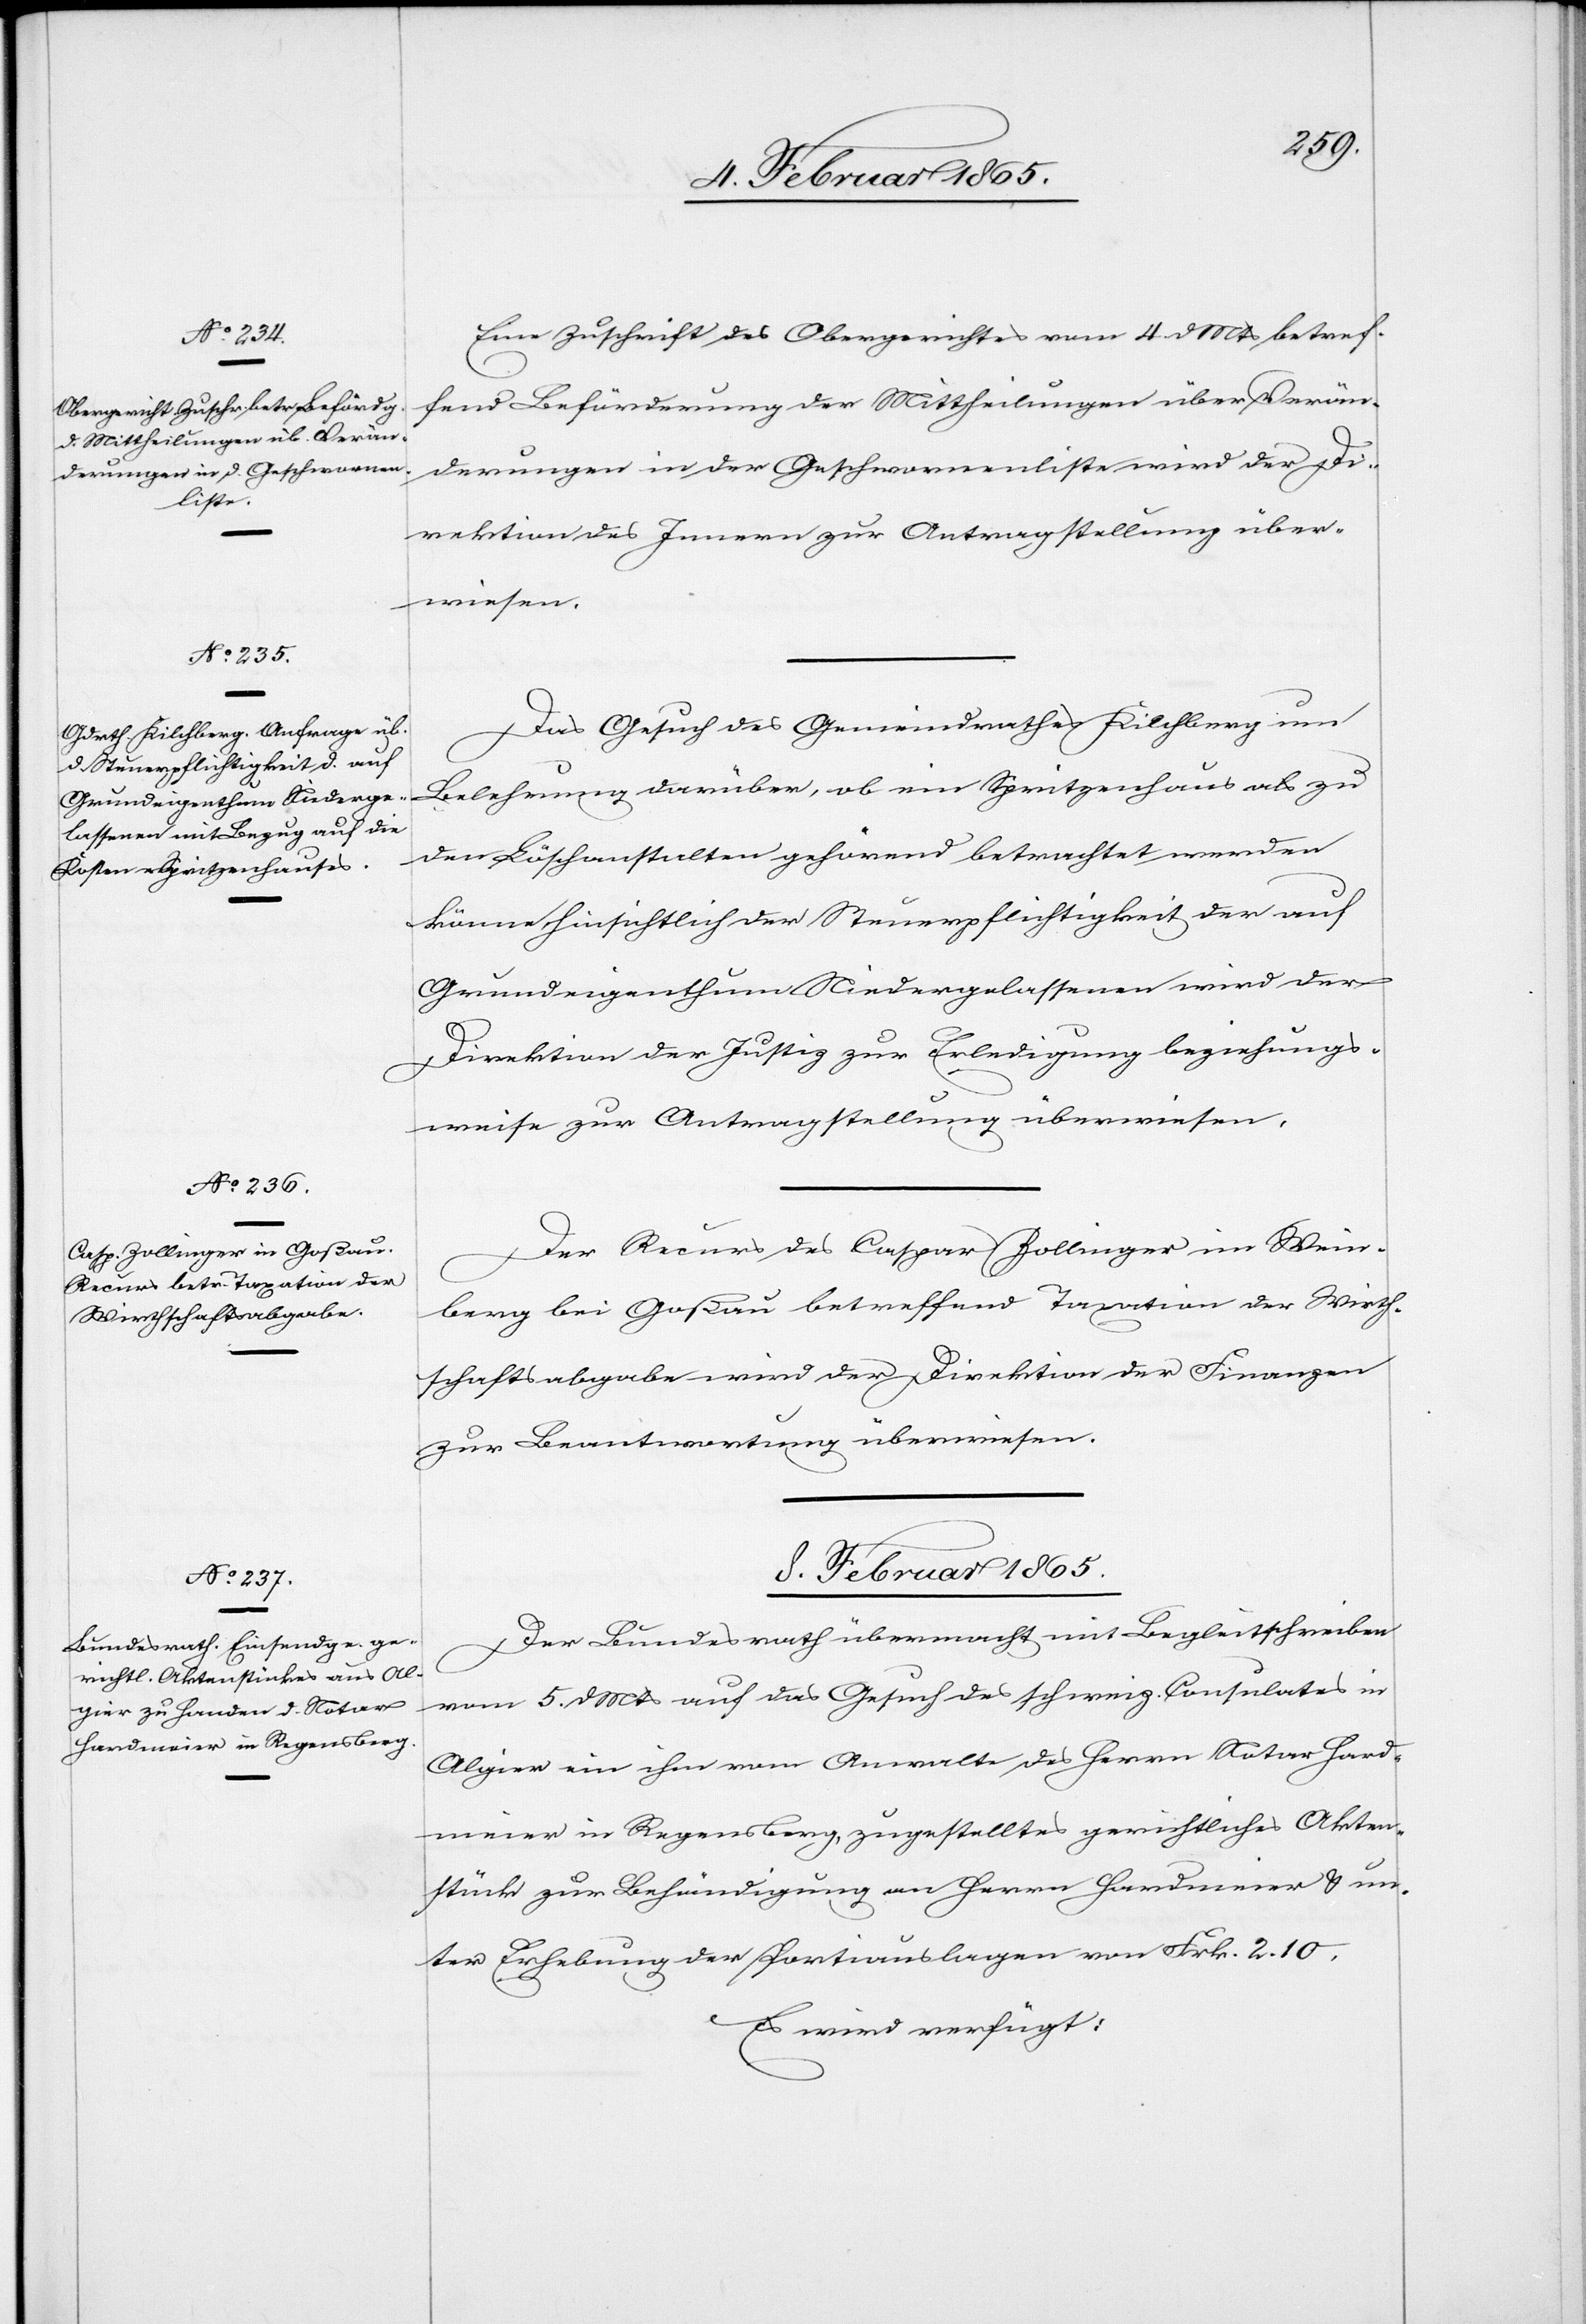
7. Februar 1865.]
Eine Zuschrift des Obergerichtes vom 4. d. Mts. betref¬
fend Beförderung der Mittheilungen über Verän¬
derungen in der Geschwornenliste wird der Di¬
rektion des Innern zur Antragstellung über¬
wiesen.
Das Gesuch des Gemeindrathes Kilchberg um
Belehrung darüber, ob ein Spritzenhaus als zu
den Löschanstalten gehörend betrachtet werden
könne, hinsichtlich der Steuerpflichtigkeit der auf
Grundeigenthum Niedergelassenen[,] wird der
Direktion der Justiz zur Erledigung beziehungs¬
weise zur Antragstellung überwiesen.
Der Recurs des Caspar Zollinger im Wein¬
berg bei Goßau betreffend Taxation der Wirth¬
schaftsabgabe wird der Direktion der Finanzen
zur Beantwortung überwiesen.
8. Februar 1865.
Der Bundesrath übermacht mit Begleitschreiben
vom 5. d. Mts auf das Gesuch des schweiz. Consulates in
Algier ein ihm vom Anwalte des Herrn Notar Hard¬
meier in Regensberg, zugestelltes gerichtliches Akten¬
stück zur Behändigung an Herrn Hardmeier u. un¬
ter Erhebung der Portiauslagen von Frk. 2. 10.
Es wird verfügt: